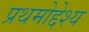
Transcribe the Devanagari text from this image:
प्रथमोद्देश्य